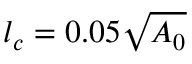
l _ { c } = 0 . 0 5 \sqrt { A _ { 0 } }